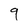
Character: 9